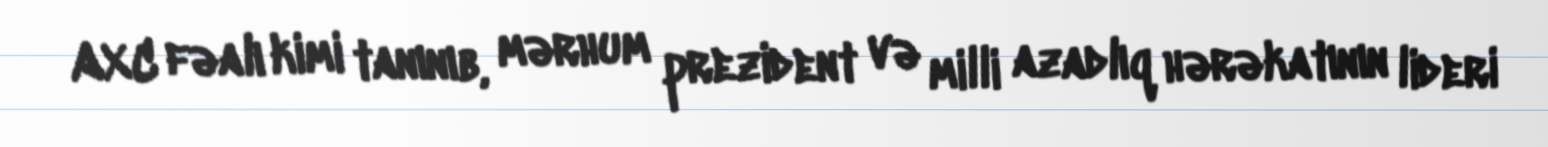
AXC fəalı kimi tanınıb, mərhum prezident və milli azadlıq hərəkatının lideri